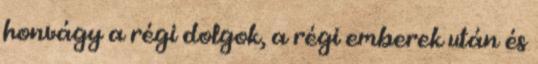
honvágy a régi dolgok, a régi emberek után és